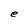
Character: e